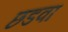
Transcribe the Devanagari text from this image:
छडवा